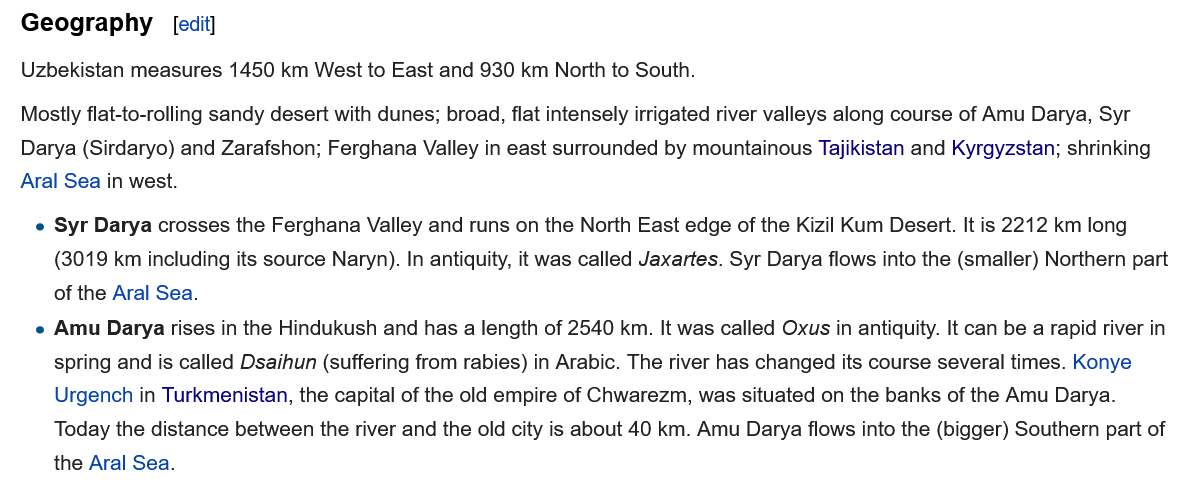
Mostly flat-to-rolling sandy desert with dunes; broad, flat intensely irrigated river valleys along course of Amu Darya, Syr
   Darya (Sirdaryo) and Zarafshon; Ferghana Valley in east surrounded by mountainous Tajikistan and Kyrgyzstan; shrinking
  Aral Sea in west.
   Uzbekistan measures 1450 km West to East and 930 km North to South.
    e Syr Darya crosses the Ferghana Valley and runs on the North East edge of the Kizil Kum Desert. It is 2212 km long
     (3019 km including its source Naryn). In antiquity, it was called Jaxartes. Syr Darya flows into the (smaller) Northern part
     of the Aral Sea.
     [edit] Geography
    e Amu Darya rises in the Hindukush and has a length of 2540 km. It was called Oxus in antiquity. It can be a rapid river in
     spring and is called Dsaihun (suffering from rabies) in Arabic. The river has changed its course several times. Konye
     Urgench in Turkmenistan, the capital of the old empire of Chwarezm, was situated on the banks of the Amu Darya.
     Today the distance between the river and the old city is about 40 km. Amu Darya flows into the (bigger) Southern part of
     the Aral Sea.